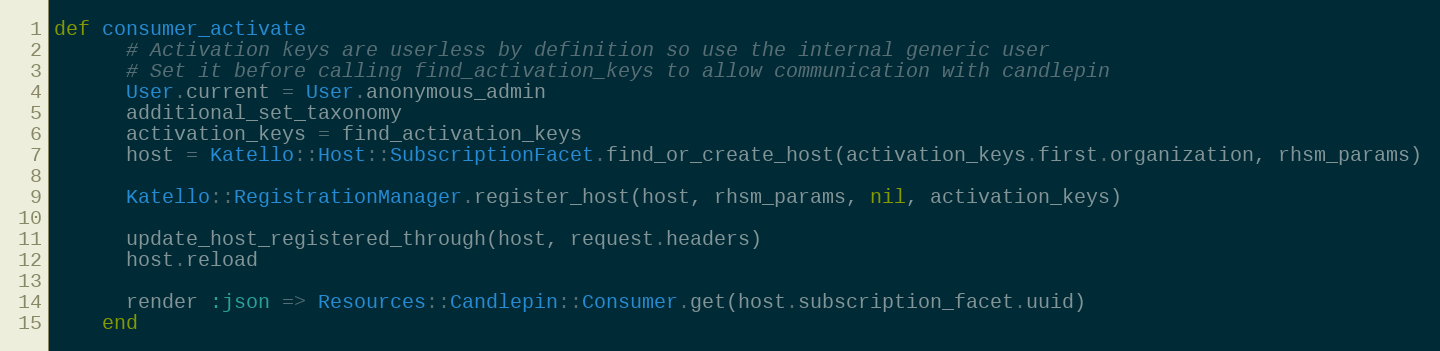
Language: Ruby
def consumer_activate
      # Activation keys are userless by definition so use the internal generic user
      # Set it before calling find_activation_keys to allow communication with candlepin
      User.current = User.anonymous_admin
      additional_set_taxonomy
      activation_keys = find_activation_keys
      host = Katello::Host::SubscriptionFacet.find_or_create_host(activation_keys.first.organization, rhsm_params)

      Katello::RegistrationManager.register_host(host, rhsm_params, nil, activation_keys)

      update_host_registered_through(host, request.headers)
      host.reload

      render :json => Resources::Candlepin::Consumer.get(host.subscription_facet.uuid)
    end